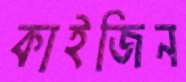
কাইজিন